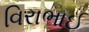
વિરાભાઈ